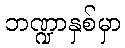
ဘဏ္ဍာနှစ်မှာ